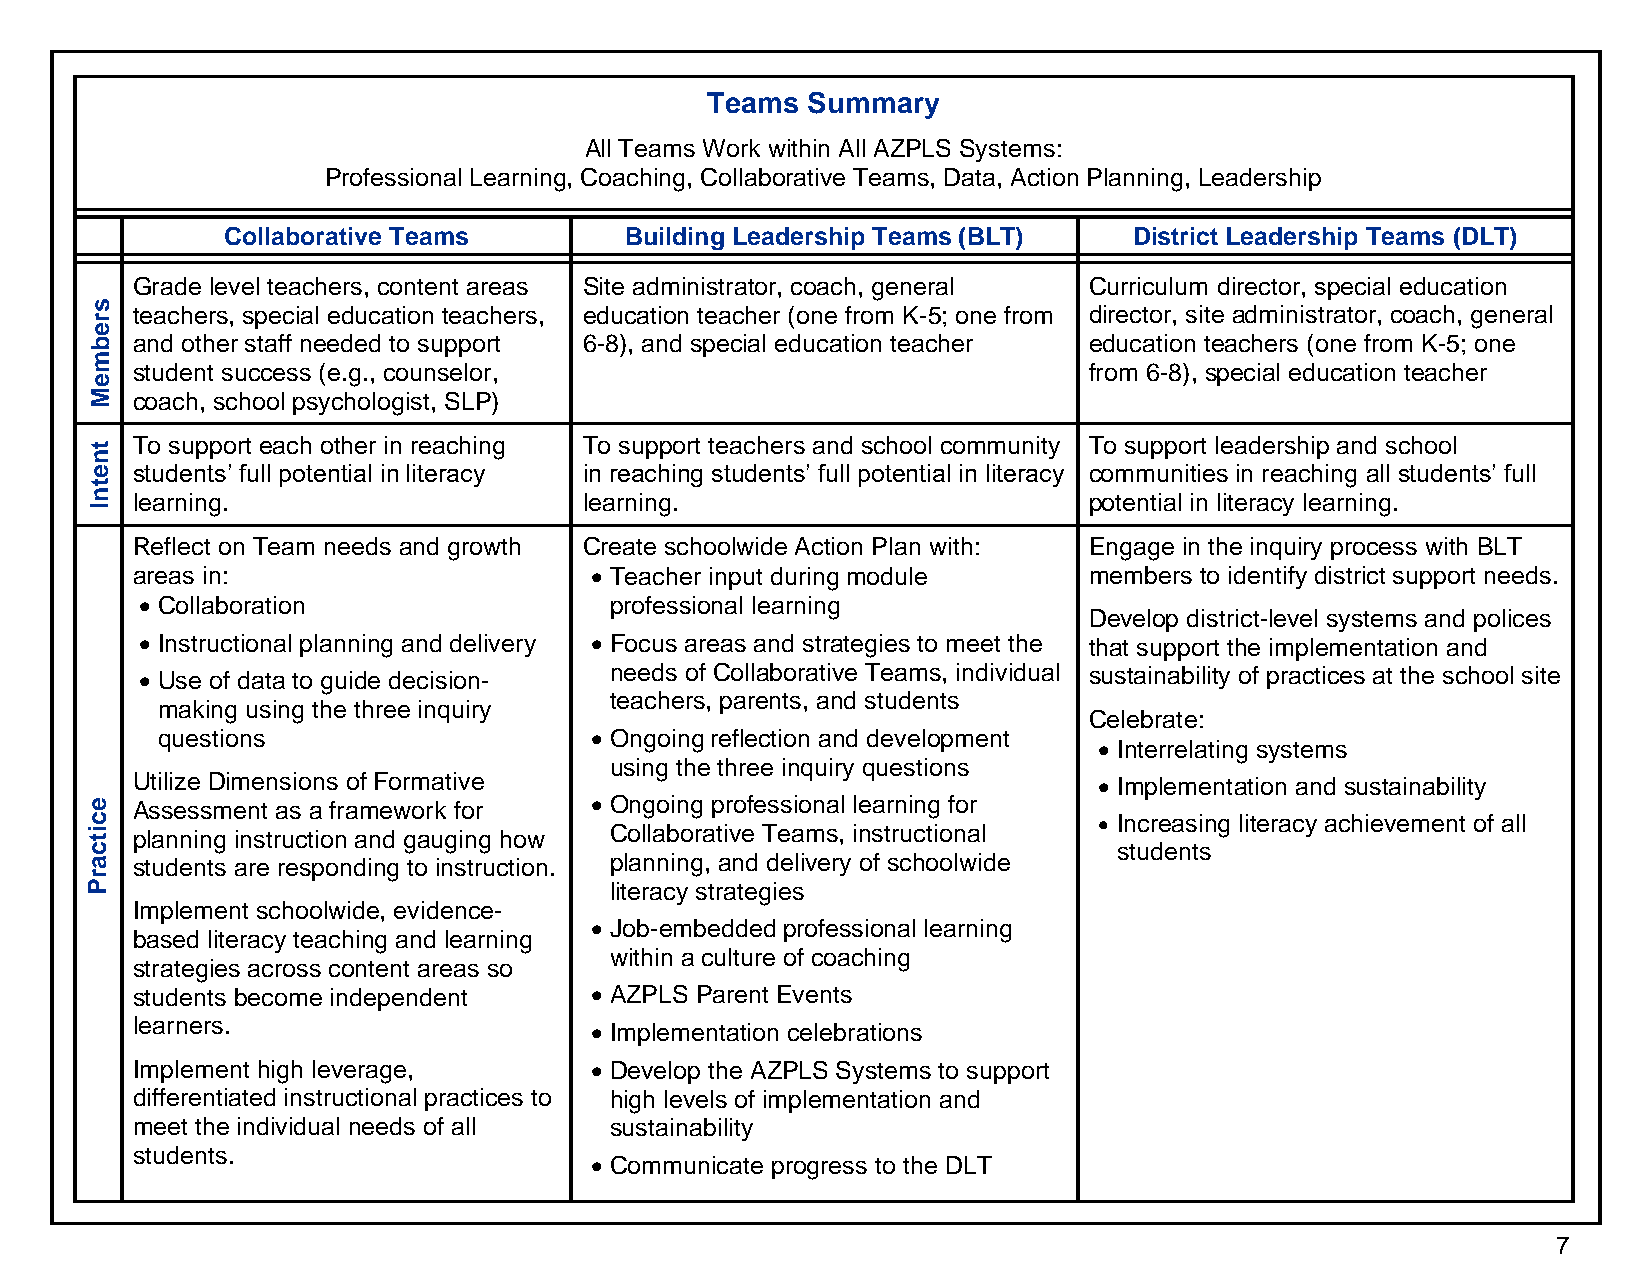
Teams Summary
 All Teams Work within All AZPLS Systems:
 Professional Learning, Coaching, Collaborative Teams, Data, Action Planning, Leadership
 Collaborative Teams       Building Leadership Teams (BLT)   District Leadership Teams (DLT)
 Grade level teachers, content areas Site administrator, coach, general Curriculum director, special education
 teachers, special education teachers, education teacher (one from K-5; one from director, site administrator, coach, general
 and other staff needed to support 6-8), and special education teacher education teachers (one from K-5; one
 student success (e.g., counselor,                              from 6-8), special education teacher
 coach, school psychologist, SLP)
 To support each other in reaching To support teachers and school community To support leadership and school
 students’ full potential in literacy in reaching students’ full potential in literacy communities in reaching all students’ full
 learning.                     learning.                        potential in literacy learning.
 Reflect on Team needs and growth Create schoolwide Action Plan with: Engage in the inquiry process with BLT
 areas in:                     • Teacher input during module    members to identify district support needs.
 • Collaboration                professional learning
 Develop district-level systems and polices
 • Instructional planning and delivery • Focus areas and strategies to meet the that support the implementation and
 • Use of data to guide decision- needs of Collaborative Teams, individual sustainability of practices at the school site
 teachers, parents, and students
 making using the three inquiry
 Celebrate:
 questions                    • Ongoing reflection and development
 • Interrelating systems
 using the three inquiry questions
 Utilize Dimensions of Formative                                 • Implementation and sustainability
 Assessment as a framework for • Ongoing professional learning for
 • Increasing literacy achievement of all
 planning instruction and gauging how Collaborative Teams, instructional
 students
 students are responding to instruction. planning, and delivery of schoolwide
 literacy strategies
 Implement schoolwide, evidence-
 • Job-embedded professional learning
 based literacy teaching and learning
 within a culture of coaching
 strategies across content areas so
 students become independent   • AZPLS Parent Events
 learners.
 • Implementation celebrations
 Implement high leverage,      • Develop the AZPLS Systems to support
 differentiated instructional practices to high levels of implementation and
 meet the individual needs of all sustainability
 students.
 • Communicate progress to the DLT
 7
 srebmeM
 tnetnI
 ecitcarP